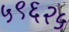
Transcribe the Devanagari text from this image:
५९६२५